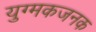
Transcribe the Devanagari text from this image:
युग्मकजनक